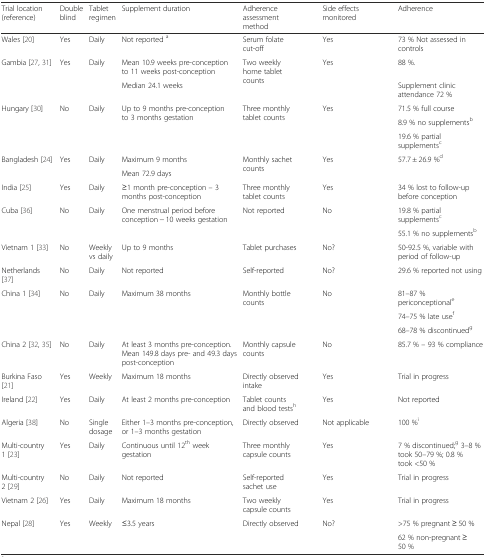
<table><thead><tr><td><b>Trial location (reference)</b></td><td><b>Double blind</b></td><td><b>Tablet regimen</b></td><td><b>Supplement duration</b></td><td><b>Adherence assessment method</b></td><td><b>Side effects monitored</b></td><td><b>Adherence</b></td></tr></thead><tbody><tr><td>Wales [20]</td><td>Yes</td><td>Daily</td><td>Not reported <sup>a</sup></td><td>Serum folate cut-off</td><td>Yes</td><td>73 % Not assessed in controls</td></tr><tr><td rowspan="2">Gambia [27, 31]</td><td rowspan="2">Yes</td><td rowspan="2">Daily</td><td>Mean 10.9 weeks pre-conception to 11 weeks post-conception</td><td rowspan="2">Two weekly home tablet counts</td><td rowspan="2">Yes</td><td>88 %.</td></tr><tr><td>Median 24.1 weeks</td><td>Supplement clinic attendance 72 %</td></tr><tr><td rowspan="3">Hungary [30]</td><td rowspan="3">No</td><td rowspan="3">Daily</td><td rowspan="3">Up to 9 months pre-conception to 3 months gestation</td><td rowspan="3">Three monthly tablet counts</td><td rowspan="3">Yes</td><td>71.5 % full course</td></tr><tr><td>8.9 % no supplements<sup>b</sup></td></tr><tr><td>19.6 % partial supplements<sup>c</sup></td></tr><tr><td rowspan="2">Bangladesh [24]</td><td rowspan="2">Yes</td><td rowspan="2">Daily</td><td>Maximum 9 months</td><td rowspan="2">Monthly sachet counts</td><td rowspan="2">Yes</td><td rowspan="2">57.7 ± 26.9 %<sup>d</sup></td></tr><tr><td>Mean 72.9 days</td></tr><tr><td>India [25]</td><td>Yes</td><td>Daily</td><td>≥1 month pre-conception – 3 months post-conception</td><td>Three monthly tablet counts</td><td>Yes</td><td>34 % lost to follow-up before conception</td></tr><tr><td rowspan="2">Cuba [36]</td><td rowspan="2">No</td><td rowspan="2">Daily</td><td rowspan="2">One menstrual period before conception − 10 weeks gestation</td><td rowspan="2">Not reported</td><td rowspan="2">No</td><td>19.8 % partial supplements<sup>c</sup></td></tr><tr><td>55.1 % no supplements<sup>b</sup></td></tr><tr><td>Vietnam 1 [33]</td><td>No</td><td>Weekly vs daily</td><td>Up to 9 months</td><td>Tablet purchases</td><td>No?</td><td>50-92.5 %, variable with period of follow-up</td></tr><tr><td>Netherlands [37]</td><td>No</td><td>Daily</td><td>Not reported</td><td>Self-reported</td><td>No?</td><td>29.6 % reported not using</td></tr><tr><td rowspan="3">China 1 [34]</td><td rowspan="3">No</td><td rowspan="3">Daily</td><td rowspan="3">Maximum 38 months</td><td rowspan="3">Monthly bottle counts</td><td rowspan="3">No</td><td>81–87 % periconceptional<sup>e</sup></td></tr><tr><td>74–75 % late use<sup>f</sup></td></tr><tr><td>68–78 % discontinued<sup>g</sup></td></tr><tr><td>China 2 [32, 35]</td><td>No</td><td>Daily</td><td>At least 3 months pre-conception. Mean 149.8 days pre- and 49.3 days post-conception</td><td>Monthly capsule counts</td><td>No</td><td>85.7 % – 93 % compliance</td></tr><tr><td>Burkina Faso [21]</td><td>Yes</td><td>Weekly</td><td>Maximum 18 months</td><td>Directly observed intake</td><td>Yes</td><td>Trial in progress</td></tr><tr><td>Ireland [22]</td><td>Yes</td><td>Daily</td><td>At least 2 months pre-conception</td><td>Tablet counts and blood tests<sup>h</sup></td><td>Yes</td><td>Not reported</td></tr><tr><td>Algeria [38]</td><td>No</td><td>Single dosage</td><td>Either 1–3 months pre-conception, or 1–3 months gestation</td><td>Directly observed</td><td>Not applicable</td><td>100 %<sup>i</sup></td></tr><tr><td>Multi-country 1 [23]</td><td>Yes</td><td>Daily</td><td>Continuous until 12<sup>th</sup> week gestation</td><td>Three monthly capsule counts</td><td>Yes</td><td>7 % discontinued;<sup>g</sup> 3–8 % took 50–79 %; 0.8 % took &lt;50 %</td></tr><tr><td>Multi-country 2 [29]</td><td>No</td><td>Daily</td><td>Not reported</td><td>Self-reported sachet use</td><td>Yes</td><td>Trial in progress</td></tr><tr><td>Vietnam 2 [26]</td><td>Yes</td><td>Daily</td><td>Maximum 18 months</td><td>Two weekly capsule counts</td><td>Yes</td><td>Trial in progress</td></tr><tr><td rowspan="2">Nepal [28]</td><td rowspan="2">Yes</td><td rowspan="2">Weekly</td><td rowspan="2">≤3.5 years</td><td rowspan="2">Directly observed</td><td rowspan="2">No?</td><td>&gt;75 % pregnant ≥ 50 %</td></tr><tr><td>62 % non-pregnant ≥ 50 %</td></tr></tbody></table>